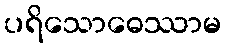
ပရိသောဓေဿာမ